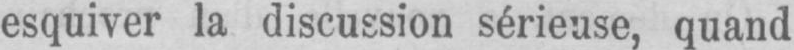
esquiver la discussion sérieuse, quand